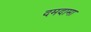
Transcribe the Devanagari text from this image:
दमदामा